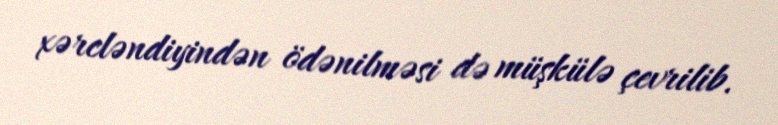
xərcləndiyindən ödənilməsi də müşkülə çevrilib.